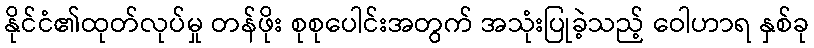
နိုင်ငံ၏ထုတ်လုပ်မှု တန်ဖိုး စုစုပေါင်းအတွက် အသုံးပြုခဲ့သည့် ဝေါဟာရ နှစ်ခု